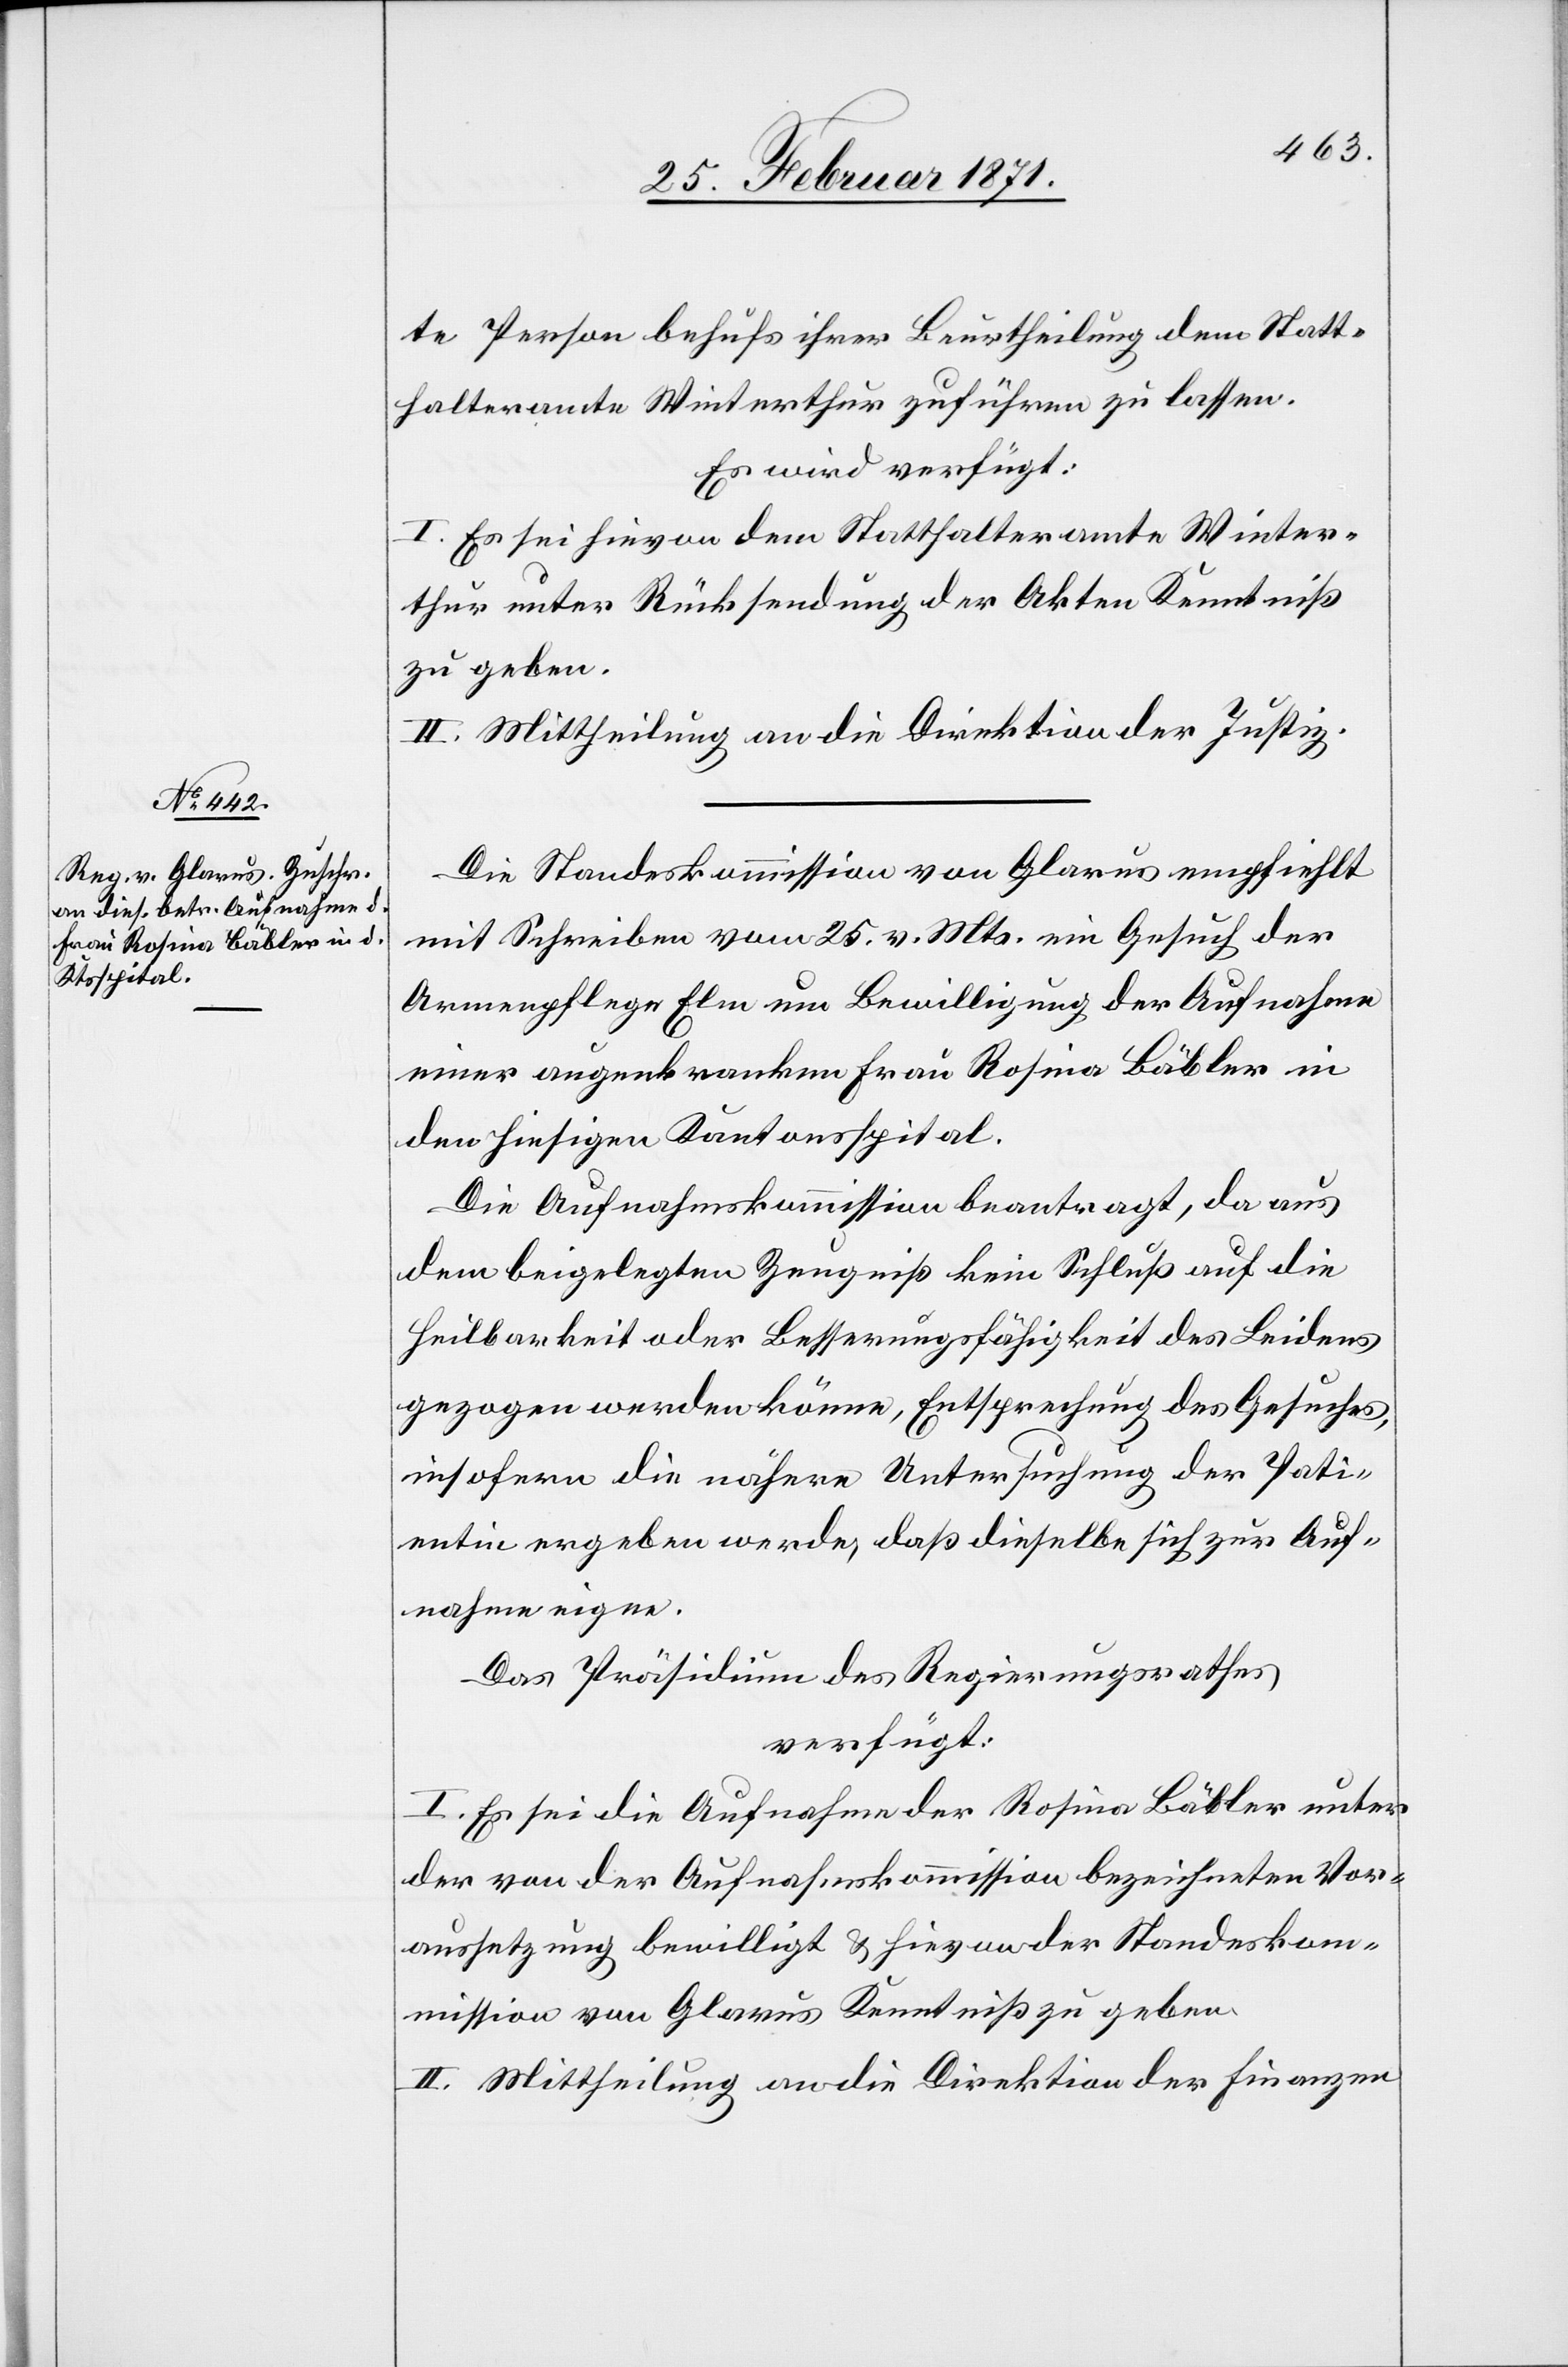
te Person behufs ihrer Beurtheilung dem Statt¬
halteramte Winterthur zuführen zu lassen.
Es wird verfügt:
I. Es sei hievon dem Statthalteramte Winter¬
thur unter Rücksendung der Akten Kenntniß
zu geben.
II. Mittheilung an die Direktion der Justiz.
Die Standeskommission von Glarus empfiehlt
mit Schreiben vom 25. v. Mts. ein Gesuch der
Armenpflege Elm um Bewilligung der Aufnahme
einer augenkranken Frau Rosina Bäbler in
den hiesigen Kantonsspital.
Die Aufnahmskommission beantragt, da aus
dem beigelegten Zeugniß kein Schluß auf die
Heilbarkeit oder Besserungsfähigkeit des Leidens
gezogen werden könne, Entsprechung des Gesuches,
insofern die nähere Untersuchung der Pati¬
entin ergeben werde, daß dieselbe sich zur Auf¬
nahme eigne.
Das Präsidium des Regierungsrathes
verfügt:
I. Es sei die Aufnahme der Rosina Bäbler unter
der von der Aufnahmskommission bezeichneten Vor¬
aussetzung bewilligt u. hievon der Standeskom¬
mission von Glarus Kenntnis zu geben.
II. Mittheilung an die Direktion der Finanzen